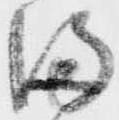
満